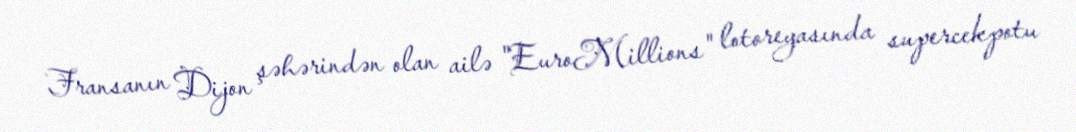
Fransanın Dijon şəhərindən olan ailə "EuroMillions" lotoreyasında supercekpotu